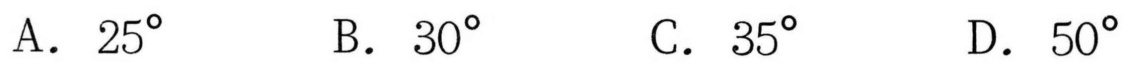
A. \(25^{\circ}\)  B. \(30^{\circ}\)  C. \(35^{\circ}\)  D. \(50^{\circ}\)